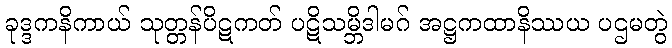
ခုဒ္ဒကနိကာယ် သုတ္တန်ပိဋကတ် ပဋိသမ္ဘိဒါမဂ် အဋ္ဌကထာနိဿယ ပဌမတွဲ